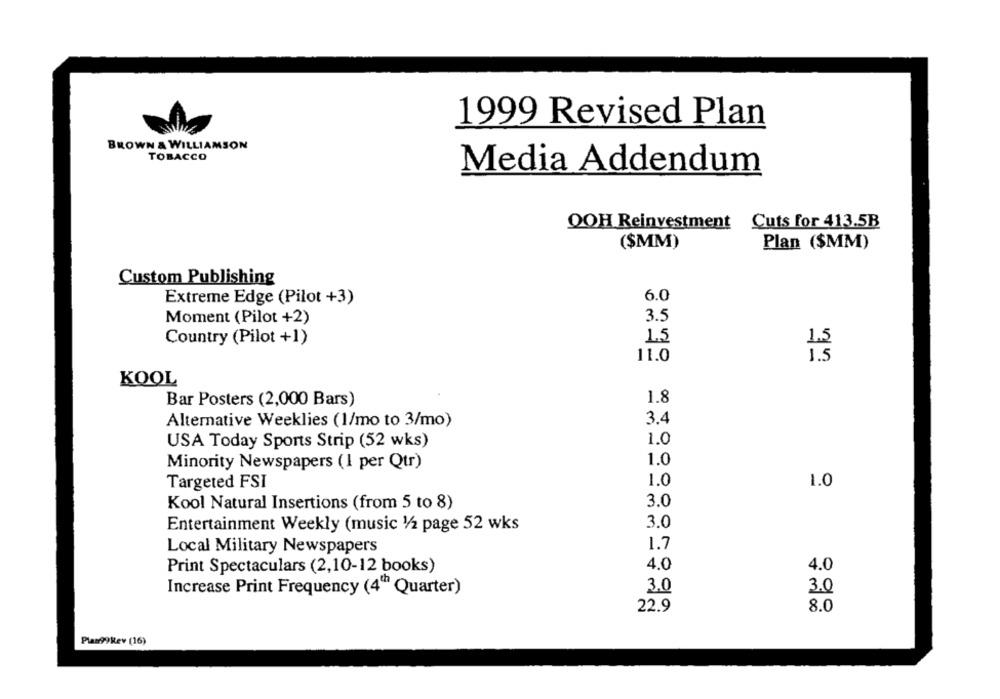
1999 Revised Plan
BROWN & WILLIAMSON
TOBACCO
Media Addendum
OOH Reinvestment Cuts for 413.5B
($MM)
Plan ($MM)
Custom Publishing
Extreme Edge (Pilot +3)
6.0
Moment (Pilot +2)
3.5
Country (Pilot +1)
1.5
1.5
11.0
1.5
KOOL
Bar Posters (2,000 Bars)
1.8
3.4
Alternative Weeklies (1/mo to 3/mo)
1.0
USA Today Sports Strip (52 wks)
1.0
Minority Newspapers (1 per Qtr)
1.0
Targeted FSI
1.0
3.0
Kool Natural Insertions (from 5 to 8)
3.0
Entertainment Weekly (music 1/2 page 52 wks
Local Military Newspapers
1.7
4.0
Print Spectaculars (2,10-12 books)
4.0
Increase Print Frequency (4" Quarter)
3.0
3.0
22.9
8.0
Plan99kev (16)